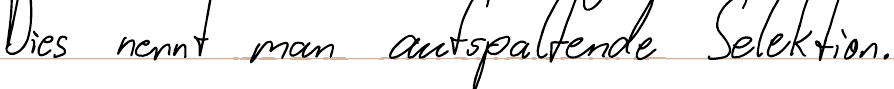
Dies nennt man aufspaltende Selektion.